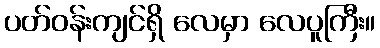
ပတ်ဝန်းကျင်ရှိ လေမှာ လေပူကြီး။